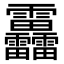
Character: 靐